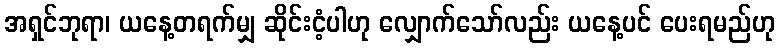
အရှင်ဘုရာ၊ ယနေ့တရက်မျှ ဆိုင်းငံ့ပါဟု လျှောက်သော်လည်း ယနေ့ပင် ပေးရမည်ဟု